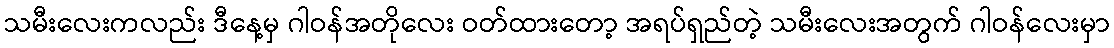
သမီးလေးကလည်း ဒီနေ့မှ ဂါဝန်အတိုလေး ဝတ်ထားတော့ အရပ်ရှည်တဲ့ သမီးလေးအတွက် ဂါဝန်လေးမှာ